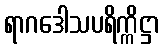
ရာဂဒေါသပရိက္ကိဋ္ဌာ